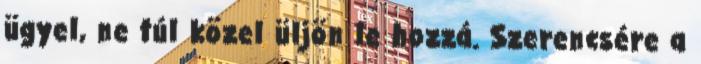
ügyel, ne túl közel üljön le hozzá. Szerencsére a